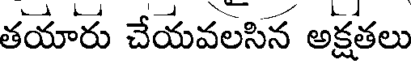
తయారు చేయవలసిన అక్షతలు